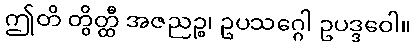
ဤတိ တွိတ္ထီ အဇညဉ္စ၊ ဥပသဂ္ဂေါ ဥပဒ္ဒဝေါ။